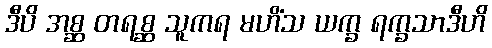
ဒီပိ အစ္ဆ တရစ္ဆ သူကရ မဟိံသ ယက္ခ ရက္ခသာဒီဟိ